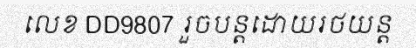
លេខ DD9807 រួចបន្តដោយរថយន្ត